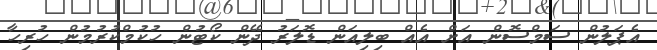
އެޕަލުން ސަމްސޮން އަށް އެއް ބިލިއަން ޑޮލަރު ދޭން ކޯޓުން ހުކުމްކުރުމުން ހުރިހާ